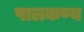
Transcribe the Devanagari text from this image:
पालकण्य